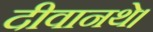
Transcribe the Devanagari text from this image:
दीवानथे।